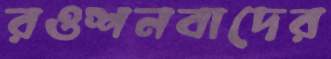
রওশনবাদের